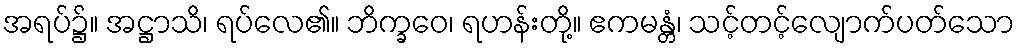
အရပ်၌။ အဋ္ဌာသိ၊ ရပ်လေ၏။ ဘိက္ခဝေ၊ ရဟန်းတို့။ ဧကမန္တံ၊ သင့်တင့်လျောက်ပတ်သော